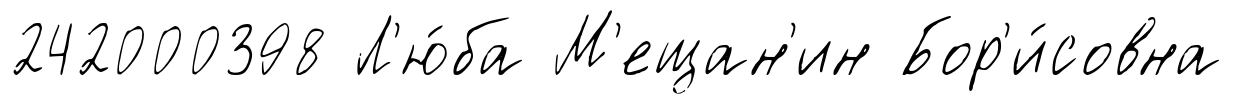
242000398 Л'ю́ба М'ещан'ин Бор'и́совна